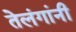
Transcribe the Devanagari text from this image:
तेलंगांनी